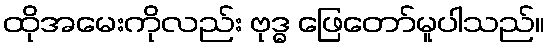
ထိုအမေးကိုလည်း ဗုဒ္ဓ ဖြေတော်မူပါသည်။